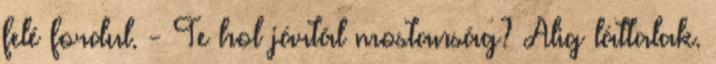
felé fordul. - Te hol jártál mostanság? Alig láttalak.